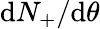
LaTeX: \mathrm{{d}}N_{+}/\mathrm{{d}}\theta